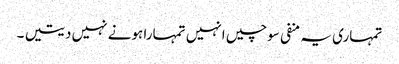
تمہاری یہ منفی سوچیں انہیں تمہارا ہونے نہیں دیتیں ۔